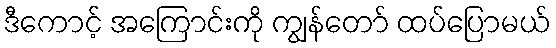
ဒီကောင့် အကြောင်းကို ကျွန်တော် ထပ်ပြောမယ်